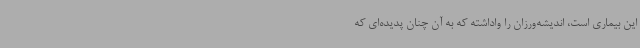
این بیماری است، اندیشه‌ورزان را واداشته که به آن چنان پدیده‌ای که